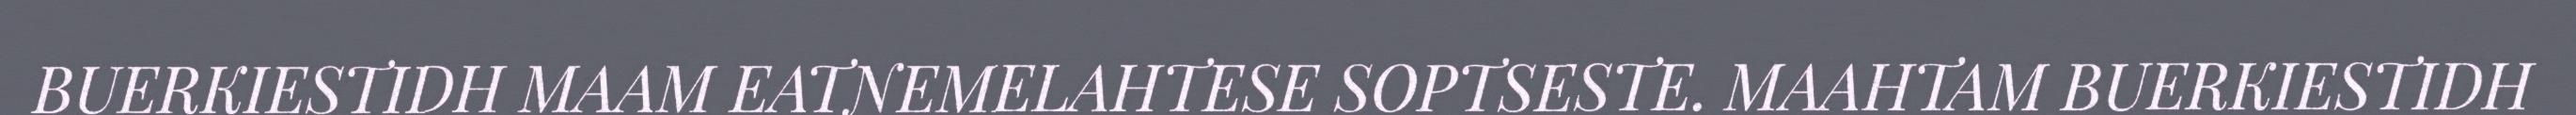
BUERKIESTIDH MAAM EATNEMELAHTESE SOPTSESTE. MAAHTAM BUERKIESTIDH